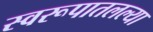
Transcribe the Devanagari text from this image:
स्वरूपातलल्या